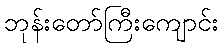
ဘုန်းတော်ကြီးကျောင်း